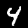
Label: 4